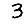
Digit: 3